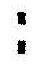
: